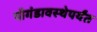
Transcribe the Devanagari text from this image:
पौगंडावस्थेपर्यंत